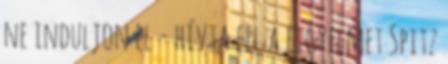
ne induljon el - hívta fel a figyelmet Spitz